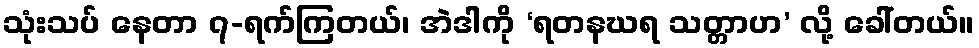
သုံးသပ် နေတာ ၇-ရက်ကြတယ်၊ အဲဒါကို ‘ရတနဃရ သတ္တာဟ’ လို့ ခေါ်တယ်။